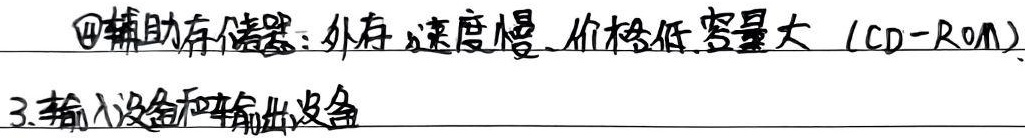
\textcircled{4}辅助存储器：外存，速度慢、价格低、容量大（CD - ROM）3. 输入设备和输出设备